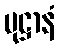
ပုဋ္ဌာနံ